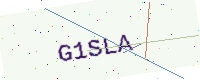
Text: G1SLA